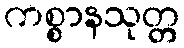
ကစ္စာနသုတ္တ